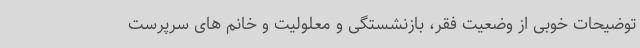
توضیحات خوبی از وضعیت فقر، بازنشستگی و معلولیت و خانم های سرپرست